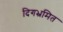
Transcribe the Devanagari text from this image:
दिगभ्रमित